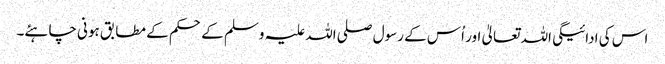
اس کی ادائیگی اللہ تعالیٰ اور اُس کے رسول صلی اللہ علیہ وسلم کے حکم کے مطابق ہونی چاہئے۔